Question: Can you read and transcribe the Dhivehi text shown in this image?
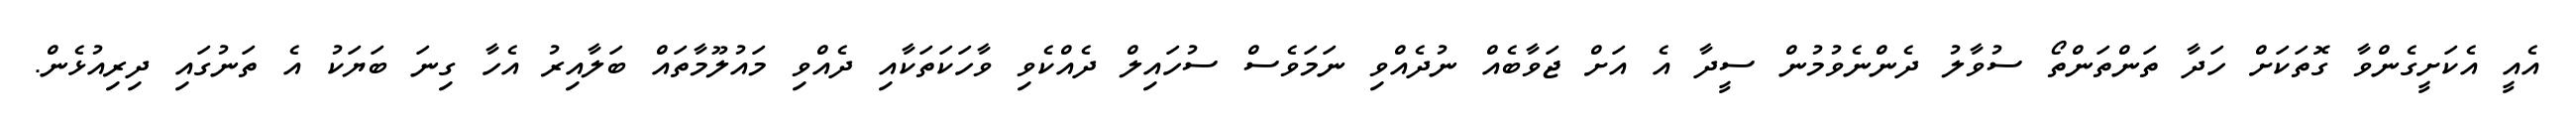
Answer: އެއީ އެކަށީގެންވާ ގޮތަކަށް ހަދާ ތަންތަންތޯ ސުވާލު ދެންނެވުމުން ސީދާ އެ އަށް ޖަވާބެއް ނުދެއްވި ނަމަވެސް ސުހައިލް ދެއްކެވި ވާހަކަތަކާއި ދެއްވި މައުލޫމާތައް ބަލާއިރު އެހާ ގިނަ ބަޔަކު އެ ތަނުގައި ދިރިއުޅެން.